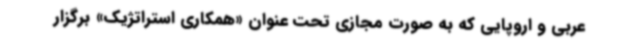
عربی و اروپایی که به صورت مجازی تحت عنوان «همکاری استراتژیک» برگزار